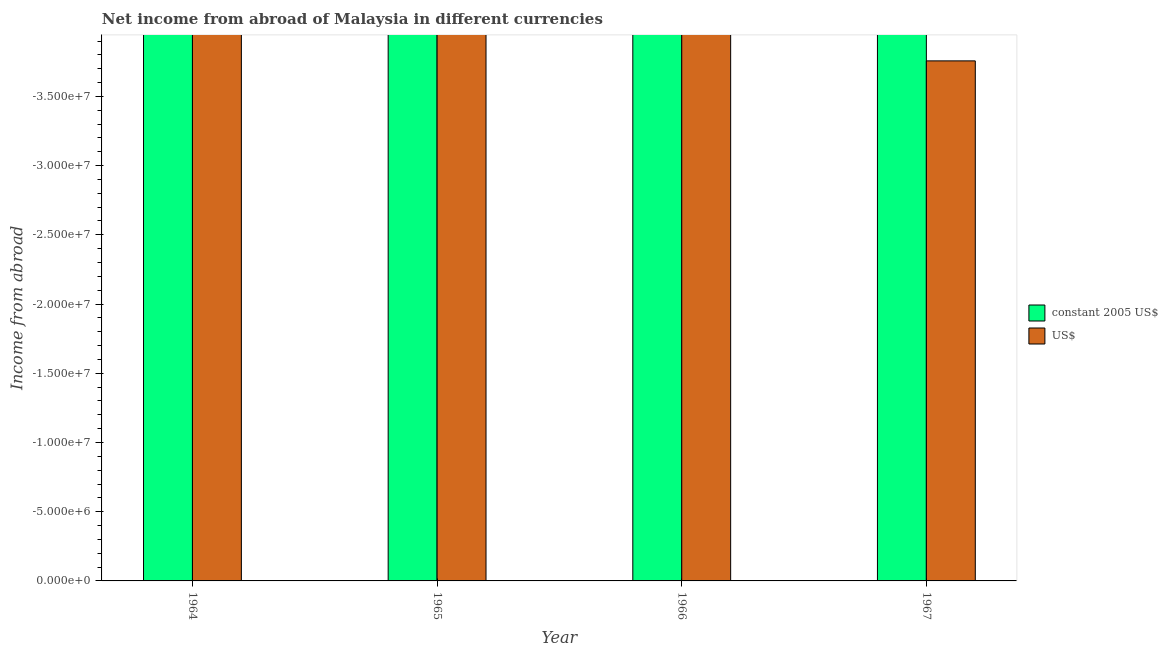
| Year | constant 2005 US$ | US$ |
 | --- | --- | --- |
 | 1964 | -2.27e+08 | -7.42e+07 |
 | 1965 | -2.74e+08 | -8.95e+07 |
 | 1966 | -2.79e+08 | -9.11e+07 |
 | 1967 | -1.15e+08 | -3.76e+07 |